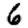
Digit: 6